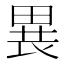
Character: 𤲐